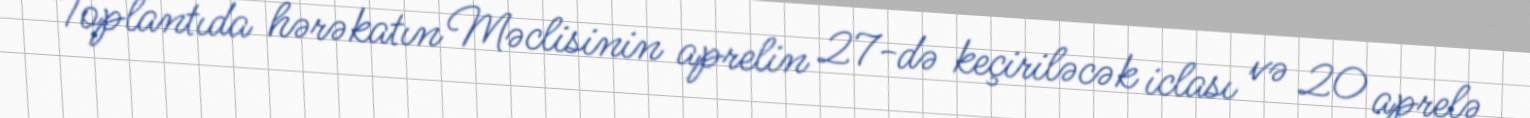
Toplantıda hərəkatın Məclisinin aprelin 27-də keçiriləcək iclası və 20 aprelə